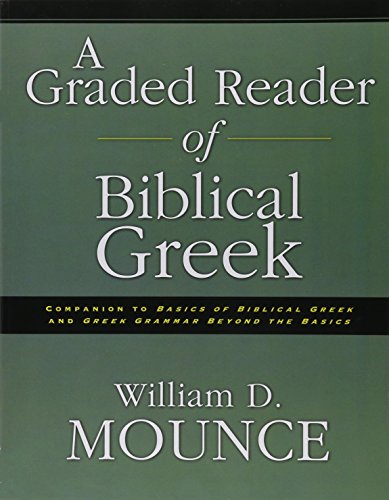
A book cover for A Graded Reader of Biblical Greek; William D. Mounce; Christian Books & Bibles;